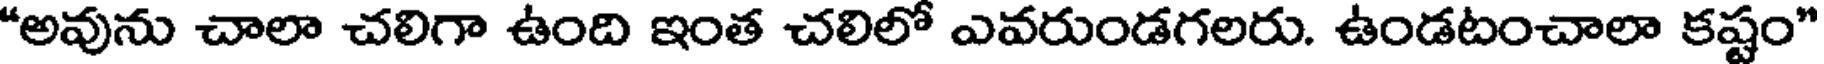
"అవును చాలా చలిగా ఉంది ఇంత చలిలో ఎవరుండగలరు. ఉండటంచాలా కష్టం"